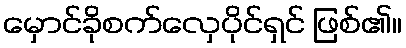
မှောင်ခိုစက်လှေပိုင်ရှင် ဖြစ်၏။